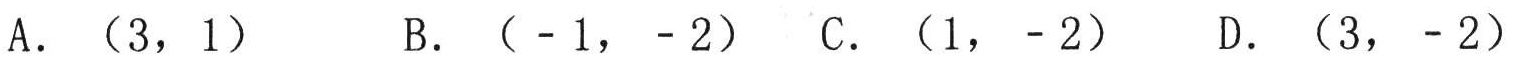
A. （3，1）
B. （ - 1， - 2）
C. （1， - 2）
D. （3， - 2）